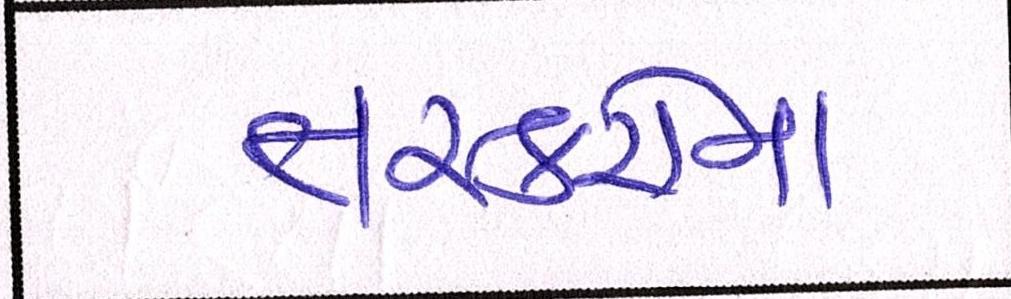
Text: તસ્કરોના